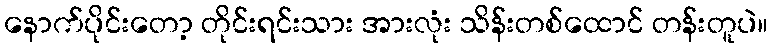
နောက်ပိုင်းတော့ တိုင်းရင်းသား အားလုံး သိန်းတစ်ထောင် တန်းတူပဲ။